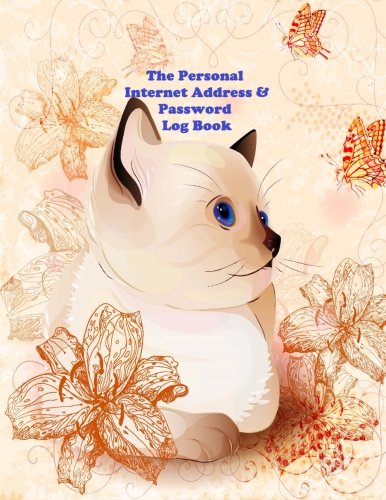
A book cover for The Personal  Internet Address and Password  Log Book: A Large Print Web address  & Password Book; Ciparum llc; Business & Money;